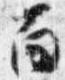
面